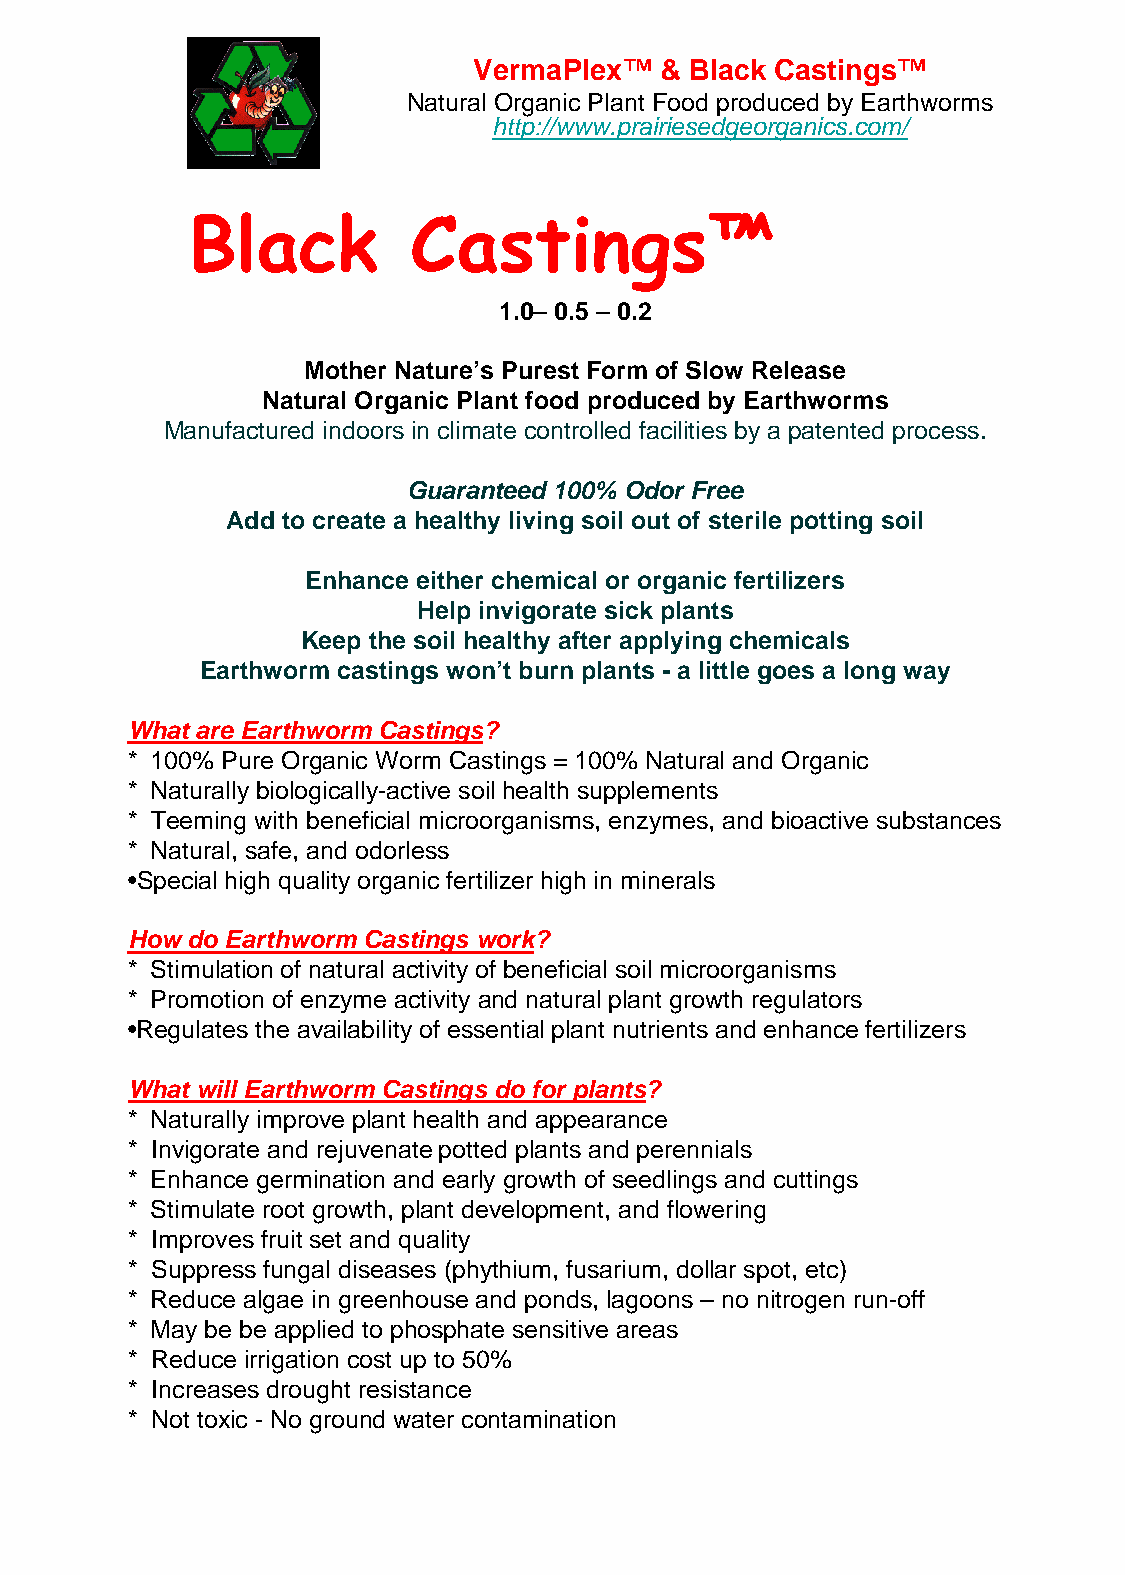
VermaPlex™   & Black Castings™
 Natural Organic Plant Food produced by Earthworms
 http://www.prairiesedgeorganics.com/
 Black          Castings™
 1.0– 0.5 – 0.2
 Mother Nature’s Purest Form of Slow Release
 Natural Organic Plant food produced by Earthworms
 Manufactured indoors in climate controlled facilities by a patented process.
 Guaranteed 100% Odor Free
 Add to create a healthy living soil out of sterile potting soil
 Enhance either chemical or organic fertilizers
 Help invigorate sick plants
 Keep the soil healthy after applying chemicals
 Earthworm castings won’t burn plants - a little goes a long way
 What are Earthworm Castings?
 * 100% Pure Organic Worm Castings = 100% Natural and Organic
 * Naturally biologically-active soil health supplements
 * Teeming with beneficial microorganisms, enzymes, and bioactive substances
 * Natural, safe, and odorless
 •Special high quality organic fertilizer high in minerals
 How do Earthworm Castings work?
 * Stimulation of natural activity of beneficial soil microorganisms
 * Promotion of enzyme activity and natural plant growth regulators
 •Regulates the availability of essential plant nutrients and enhance fertilizers
 What will Earthworm Castings do for plants?
 * Naturally improve plant health and appearance
 * Invigorate and rejuvenate potted plants and perennials
 * Enhance germination and early growth of seedlings and cuttings
 * Stimulate root growth, plant development, and flowering
 * Improves fruit set and quality
 * Suppress fungal diseases (phythium, fusarium, dollar spot, etc)
 * Reduce algae in greenhouse and ponds, lagoons – no nitrogen run-off
 * May be be applied to phosphate sensitive areas
 * Reduce irrigation cost up to 50%
 * Increases drought resistance
 * Not toxic - No ground water contamination